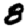
Digit: 8